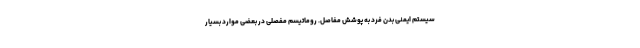
سیستم ایمنی بدن فرد به پوشش مفاصل. روماتیسم مفصلی در بعضی موارد بسیار